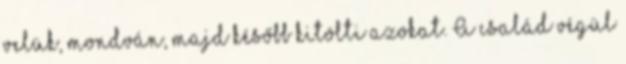
velük, mondván, majd később kitölti azokat. A család végül